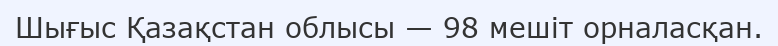
Шығыс Қазақстан облысы — 98 мешіт орналасқан.